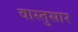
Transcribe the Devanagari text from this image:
वास्तुसार